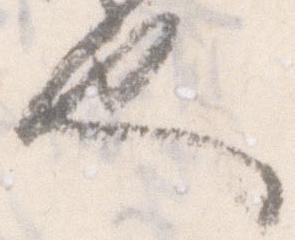
也